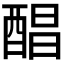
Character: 𮠰